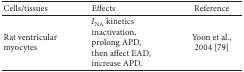
| Cells/tissues | Effects | Reference |
 | --- | --- | --- |
 | Rat ventricular myocytes | INA kinetics inactivation,prolong APD,then affect EAD,increase APD. | Yoon et al., 2004 [79] |